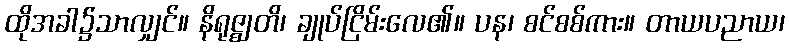
ထိုအခါ၌သာလျှင်။ နိရုဇ္ဈတိ၊ ချုပ်ငြိမ်းလေ၏။ ပန၊ စင်စစ်ကား။ တာယပညာယ၊